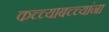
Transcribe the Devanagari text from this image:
कच्च्याबच्च्यांना